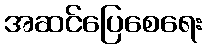
အဆင်ပြေစေရေး